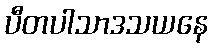
ပီတပါသာဒသယနေ